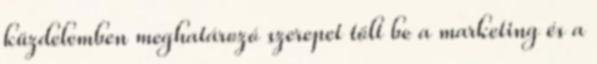
küzdelemben meghatározó szerepet tölt be a marketing és a